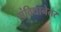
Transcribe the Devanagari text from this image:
संविधानेतर